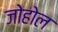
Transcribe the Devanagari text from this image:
जोहोल